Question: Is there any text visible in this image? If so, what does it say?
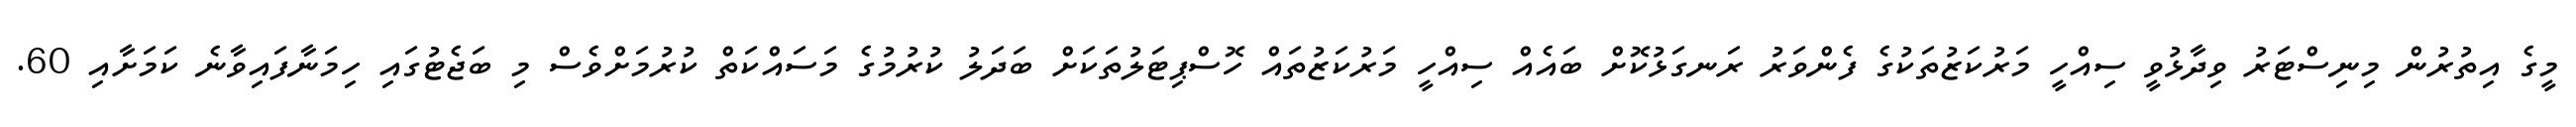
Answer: މީގެ އިތުރުން މިނިސްޓަރު ވިދާޅުވީ ސިއްހީ މަރުކަޒުތަކުގެ ފެންވަރު ރަނގަޅުކޮށް ބައެއް ސިއްހީ މަރުކަޒުތައް ހޮސްޕިޓަލުތަކަށް ބަދަލު ކުރުމުގެ މަސައްކަތް ކުރުމަށްވެސް މި ބަޖެޓުގައި ހިމަނާފައިވާނެ ކަމަށާއި 60.